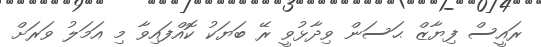
ރައީސް ފިޔާޒް ޙަސަން ވިދާޅުވީ ރޭ ބަޔަކު ކޮއްފައިވާ މި އަމަލު ވަރަށް